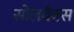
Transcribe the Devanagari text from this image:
सोलवैक्स